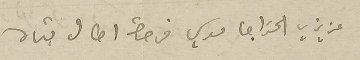
عزيزي الخواجا موسي فرحات اطال بقاه